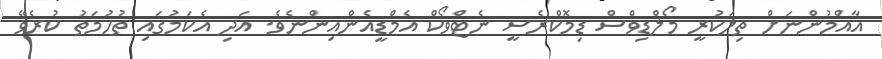
އާއްމުންނަށް ތިލަކުރީ މޯލްޑިވްސް ޑިމޮކްރެސީ ނެޓްވޯކް އެމްޑީއެންއިންނެވެ. އަދި އެކަމުގައި ތުހުމަތު ކުރެވޭ